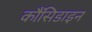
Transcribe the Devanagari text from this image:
कौंसिडाइन